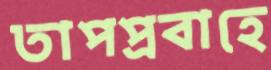
তাপপ্রবাহে